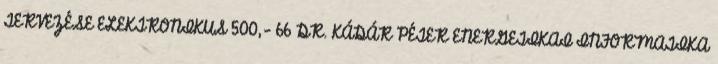
TERVEZÉSE ELEKTRONIKUS 500,- 66 DR. KÁDÁR PÉTER ENERGETIKAI INFORMATIKA